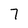
Character: 7